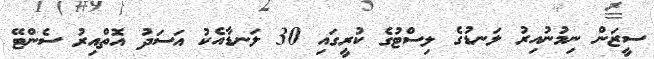
ސީޒަން ނިމުނުއިރު ލަނޑުގެ ލިސްޓުގެ ކުރީގައި 30 ލަނޑާއެކު އަސަދު އޮތްއިރު ސެންޓޭ